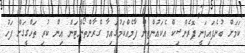
ކަމަށް ބުނެފައިވަނީ ފޮރެންސިކް އެކައުންޓިން ފާމެއްކަމުގައިވާ ގްރާންތޯންޓަން އިން ކުރި ތަހްގީގަށް ފަހު